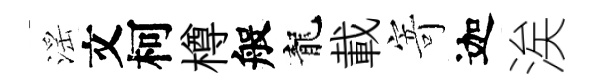
滛文柯樽般龍載寄迦涘